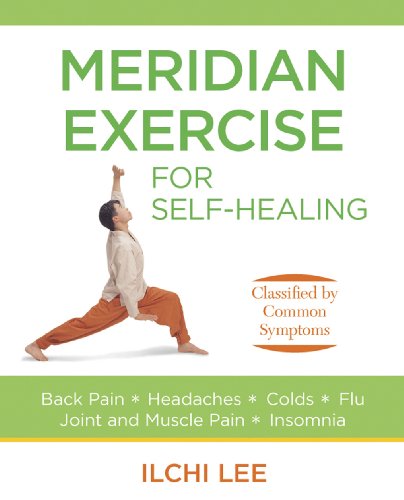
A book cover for Meridian Exercise for Self-Healing (Paperback): Classified by Common Symptoms; Ilchi Lee; Health, Fitness & Dieting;